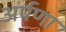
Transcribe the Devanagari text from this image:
अर्पणा